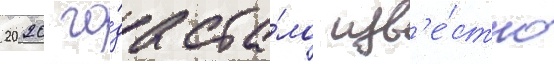
2020 го́да ста́ло изв'е́стно